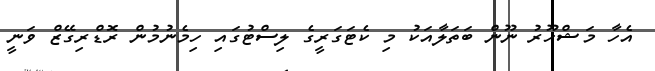
އެހާ މަޝްހޫރު ނޫން ބަތަލާއަކު މި ކެޓަގަރީގެ ލިސްޓުގައި ހިމެނުމުން ރޮޑްރިގޭޒް ވަނީ